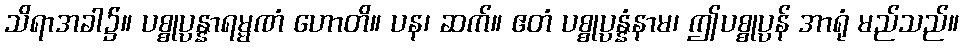
သိရာအခါ၌။ ပစ္စုပ္ပန္နာရမ္မဏံ ဟောတိ။ ပန၊ ဆက်။ ဧတံ ပစ္စုပ္ပန္နံနာမ၊ ဤပစ္စုပ္ပန် အာရုံ မည်သည်။